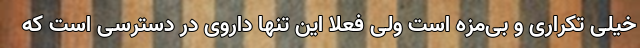
خیلی تکراری و بی‌مزه است ولی فعلا این تنها داروی در دسترسی است که